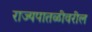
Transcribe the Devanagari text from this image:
राज्यपातळीवरील